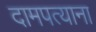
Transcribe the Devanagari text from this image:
दामपत्याना